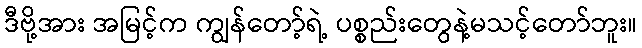
ဒီဗို့အား အမြင့်က ကျွန်တော့်ရဲ့ ပစ္စည်းတွေနဲ့မသင့်တော်ဘူး။